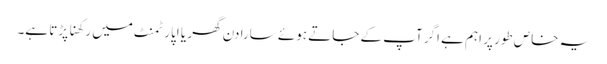
یہ خاص طور پر اہم ہے اگر آپ کے جاتے ہوئے سارا دن گھر یا اپارٹمنٹ میں رکھنا پڑتا ہے۔